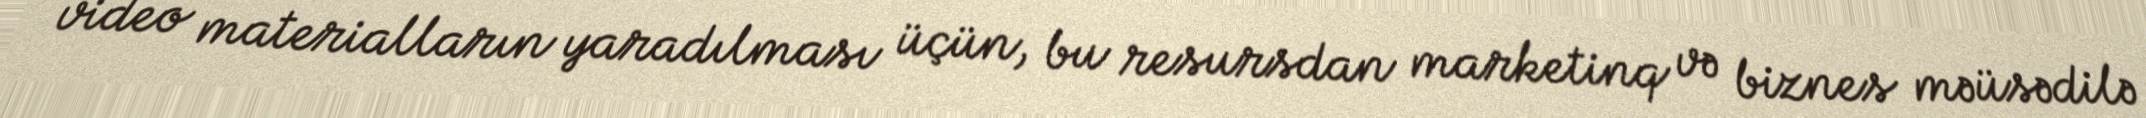
video materialların yaradılması üçün, bu resursdan marketinq və biznes məüsədilə